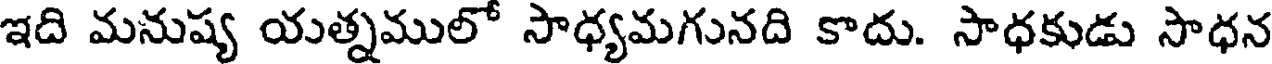
ఇది మనుష్య యత్నములో సాధ్యమగునది కాదు. సాధకుడు సాధన